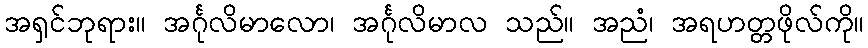
အရှင်ဘုရား။ အင်္ဂုလိမာလော၊ အင်္ဂုလိမာလ သည်။ အညံ၊ အရဟတ္တဖိုလ်ကို။